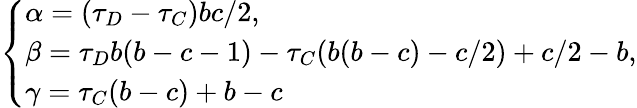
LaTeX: \left\{ \begin{array}{ll}{\alpha=(\tau_{D}-\tau_{C})bc/2,}\\ {\beta=\tau_{D}b(b-c-1)-\tau_{C}(b(b-c)-c/2)+c/2-b,}\\ {\gamma=\tau_{C}(b-c)+b-c}\end{array}\right.